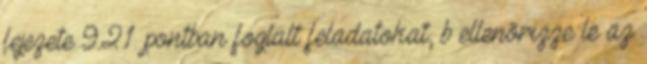
fejezete 9.2.1. pontban foglalt feladatokat, b ellenõrizze le az